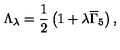
\Lambda _ { \lambda } = \frac 1 2 \left( 1 + \lambda \overline { { \Gamma } } _ { 5 } \right) ,